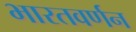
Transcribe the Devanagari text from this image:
भारतवर्णन